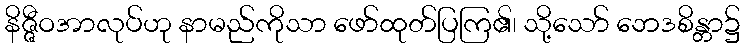
နိဇ္ဇီဝအာလုပ်ဟု နာမည်ကိုသာ ဖော်ထုတ်ပြကြ၏၊ သို့သော် ဘေဒစိန္တာ၌